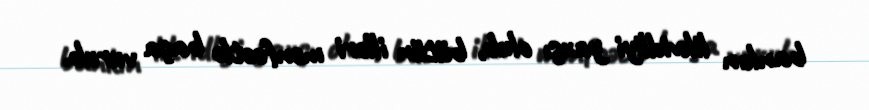
bankın likvidliyi yaxşı olub, bütün illəri mənfəətlə başa vurub.